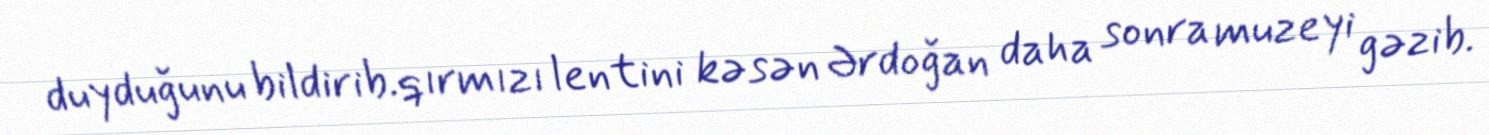
duyduğunu bildirib.qırmızı lentini kəsən Ərdoğan daha sonra muzeyi gəzib.